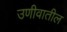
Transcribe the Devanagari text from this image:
उणीवातील